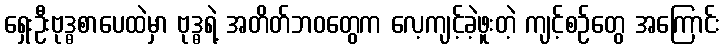
ရှေးဦးဗုဒ္ဓစာပေထဲမှာ ဗုဒ္ဓရဲ့ အတိတ်ဘဝတွေက လေ့ကျင့်ခဲ့ဖူးတဲ့ ကျင့်စဉ်တွေ အကြောင်း